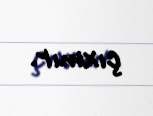
çıxmır.